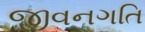
જીવનગતિ